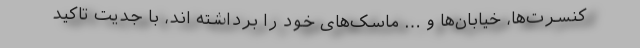
کنسرت‌ها، خیابان‌ها و … ماسک‌های خود را برداشته اند، با جدیت تاکید